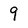
Character: 9